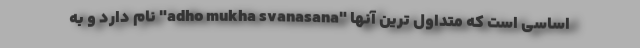
اساسی است که متداول ترین آنها "adho mukha svanasana" نام دارد و به